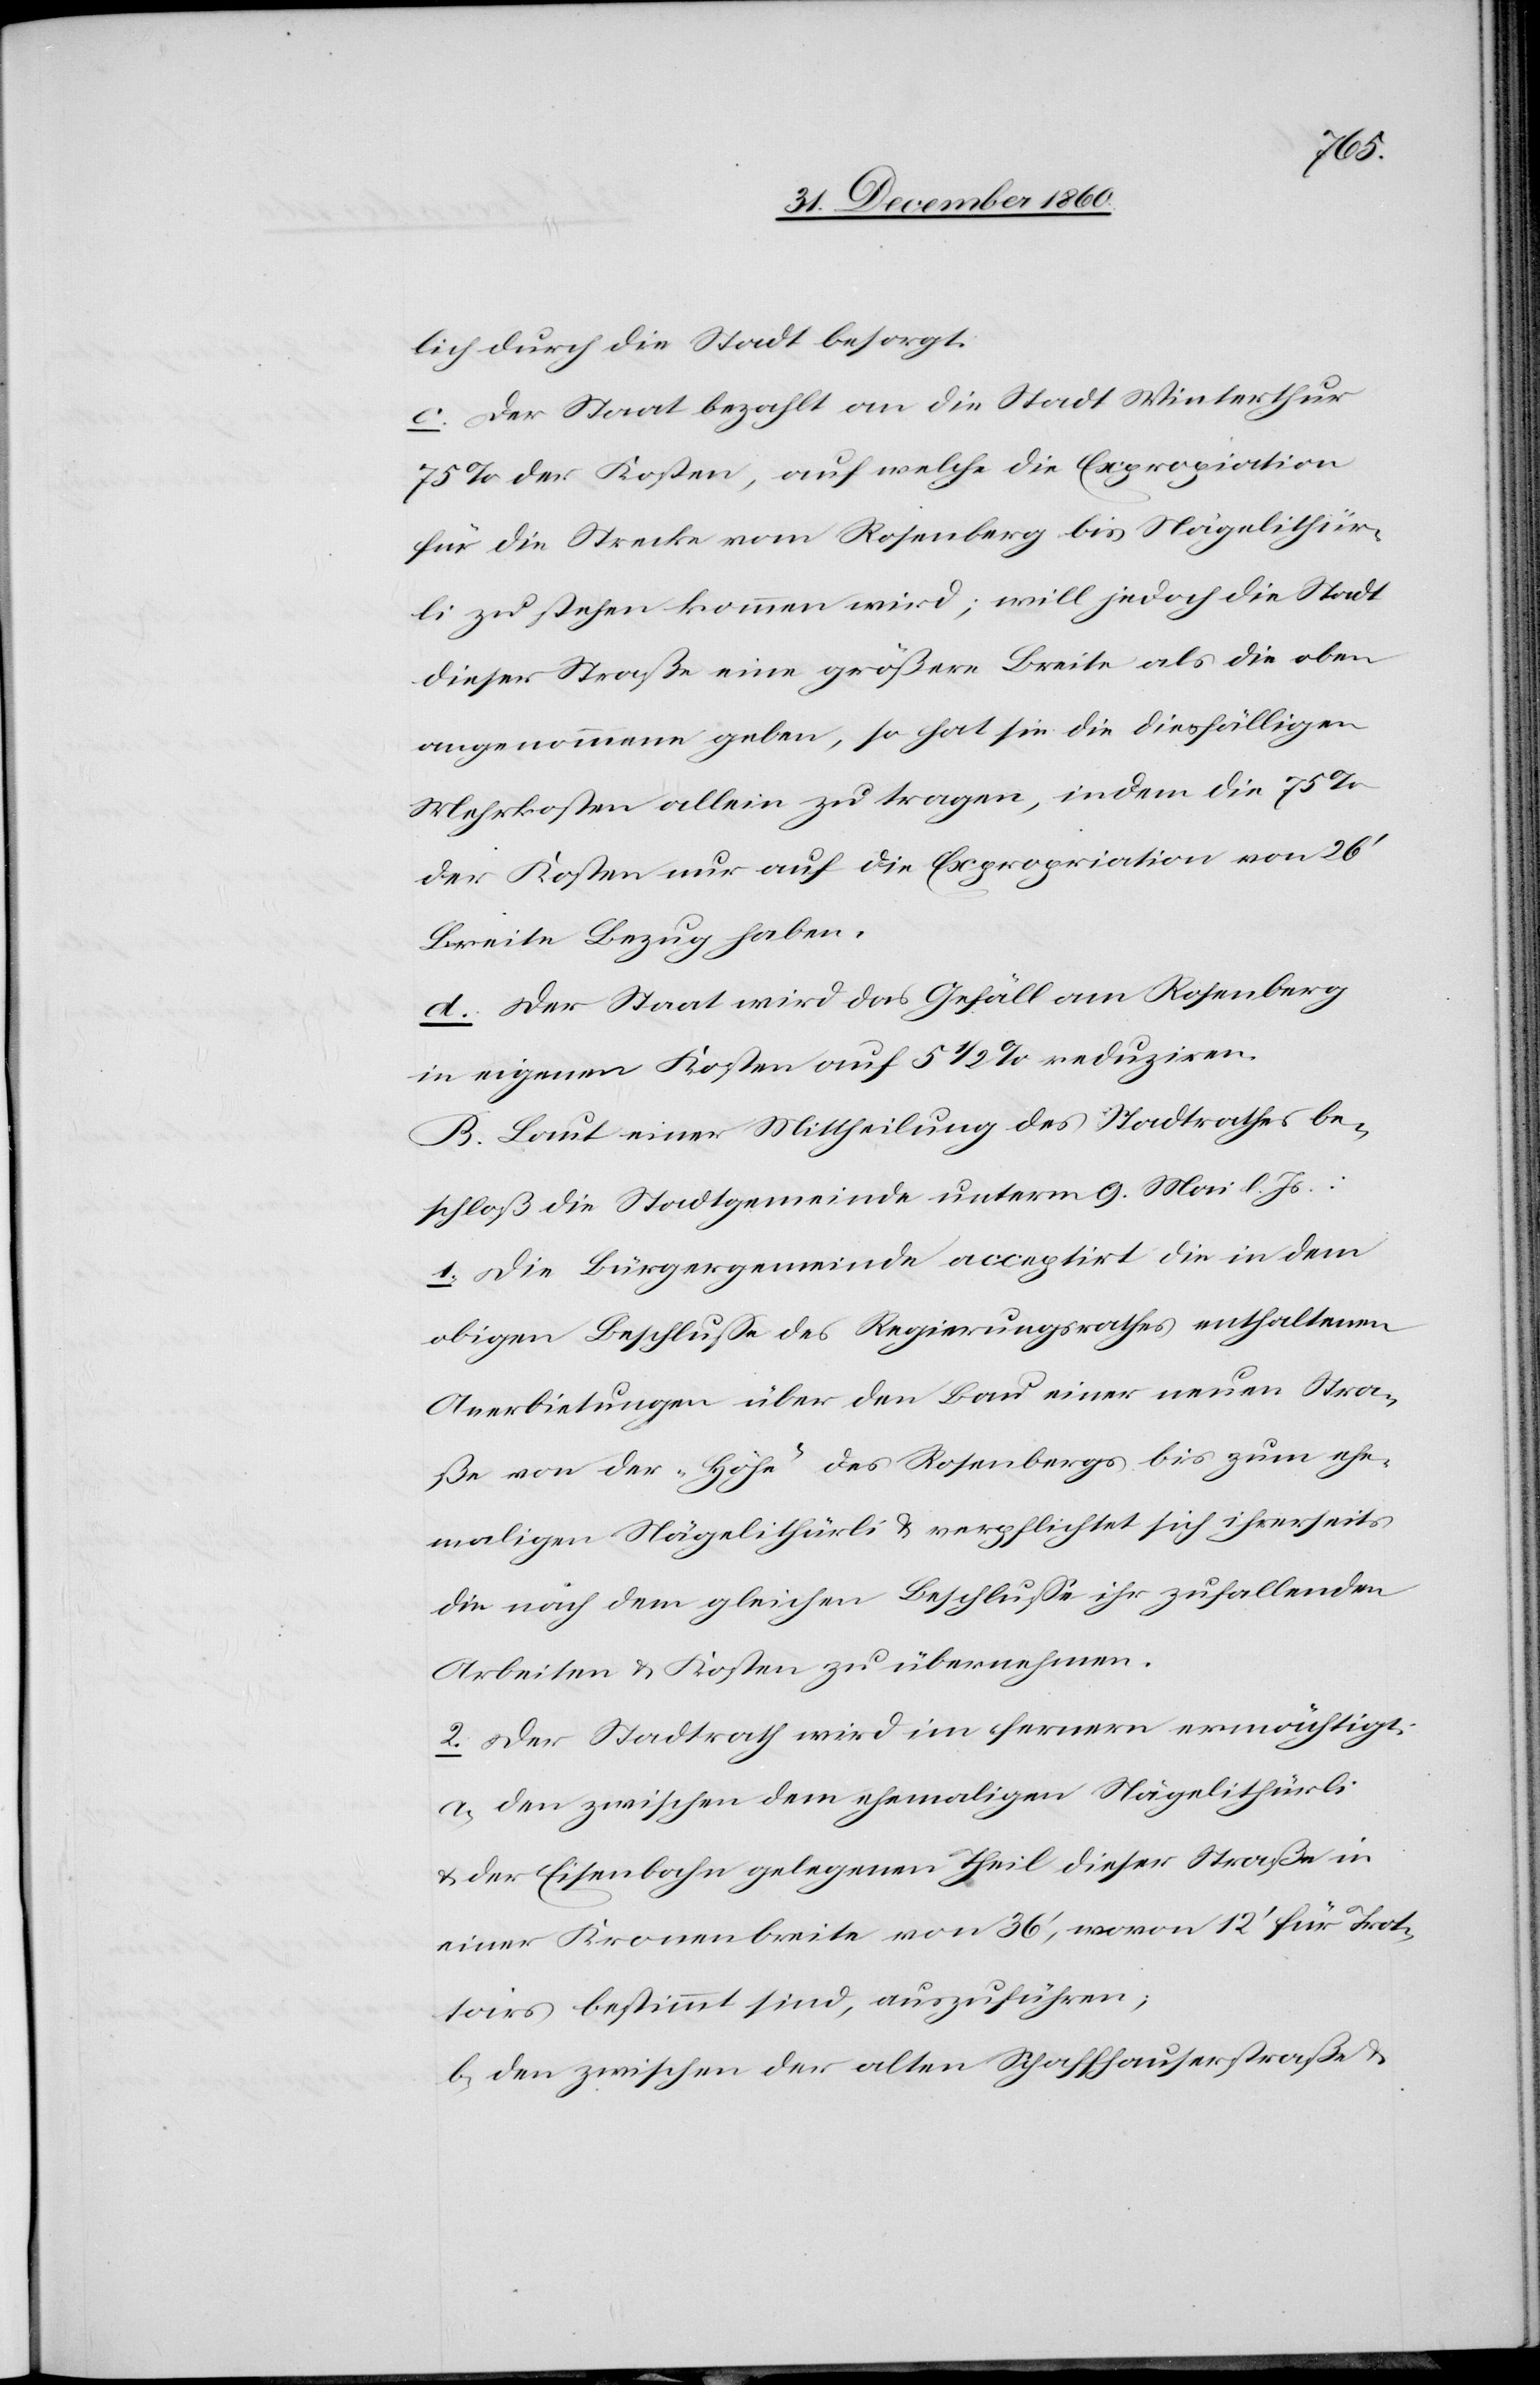
besorgt.
c. der Staat bezahlt an die Stadt Winterthur
75% der Kosten, auf welche die Exprop[r]iation
für die Strecke vom Rosenberg bis Nägelithür¬
li zu stehen kommen wird; will jedoch die Stadt
dieser Straße eine größere Breite als die oben
angenommene geben, so hat sie die diesfälligen
Mehrkosten allein zu tragen, indem die 75%
der Kosten nur auf die Expropriation von 26’
Breite Bezug haben.
d. Der Staat wird das Gefäll am Rosenberg
in eigenen Kosten auf 5 1/2% reduziren.
B. Laut einer Mittheilung des Stadtrathes be¬
schloß die Stadtgemeinde unterm 9. Mai l. Js.:
1. Die Bürgergemeinde acceptirt die in dem
obigen Beschlusse des Regierungsrathes enthaltenen
Anerbietungen über den Bau einer neuen Stra¬
ße von der „Höhe“ des Rosenbergs bis zum ehe¬
maligen Nägelithürli u. verpflichtet sich ihrerseits
die nach dem gleichen Beschlusse ihr zufallenden
Arbeiten u. Kosten zu übernehmen.
2. Der Stadtrath wird im fernern ermächtigt:
a) den zwischen dem ehemaligen Nägelithürli
u. der Eisenbahn gelegenen Theil dieser Straße in
einer Kronenbreite von 36’, wovon 12’ für Trot¬
toirs bestimmt sind, auszuführen;
b) den zwischen der alten Schaffhauserstraße u.